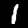
Label: 1